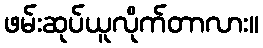
ဖမ်းဆုပ်ယူလိုက်တာလား။